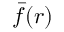
\bar { f } ( \boldsymbol { r } )